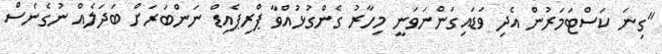
"ގިނަ ކަސްޓަމަރުން އެދި ވަޑައިގަންނަވަނީ މިހާރު ގެންގުޅުއްވާ ޕްރިޕެއިޑް ނަންބަރަށް ބަދަލެއް ނުގެނެސް